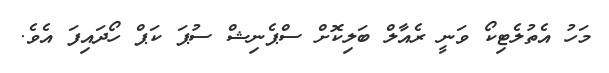
މަހު އެތުލެޓިކޯ ވަނީ ރެއާލް ބަލިކޮށް ސްޕެނިޝް ސުޕަ ކަޕް ހޯދައިފަ އެވެ.